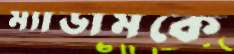
ম্যাডামকে